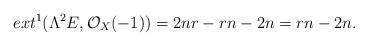
LaTeX: \begin{align*}ext^{1}(\Lambda^{2}E,\mathcal{O}_{X}(-1))=2nr-rn-2n=rn-2n.\end{align*}